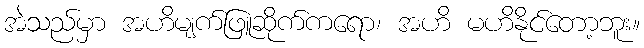
အဲသည်မှာ အဟိမျက်ဖြူဆိုက်ကရော၊ အဟိ မဟိနိုင်တော့ဘူး။